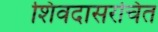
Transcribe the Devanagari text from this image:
शिवदासरचित